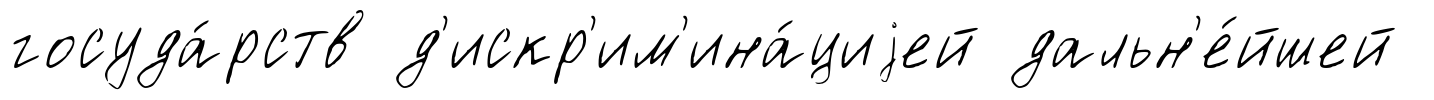
госуда́рств д'искр'им'ина́циjей дальн'е́йшей